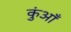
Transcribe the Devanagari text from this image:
कुंआँ